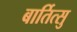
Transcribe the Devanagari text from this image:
बार्तित्सु